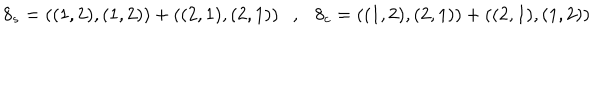
LaTeX: 8 _ { s } = ( ( 1 , 2 ) , ( 1 , 2 ) ) + ( ( 2 , 1 ) , ( 2 , 1 ) ) , 8 _ { c } = ( ( 1 , 2 ) , ( 2 , 1 ) ) + ( ( 2 , 1 ) , ( 1 , 2 ) )